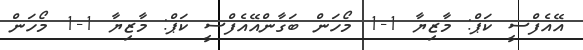
އޭއެފްސީ ކަޕް: މާޒިޔާ 1-1 މޯހަން ބަގާންއޭއެފްސީ ކަޕް: މާޒިޔާ 1-1 މޯހަން